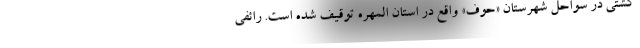
کشتی در سواحل شهرستان «حوف» واقع در استان المهره توقیف شده است. رائفی